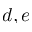
d , e